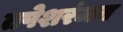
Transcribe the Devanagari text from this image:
तपेशरंजन